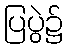
ပြပွဲ၌